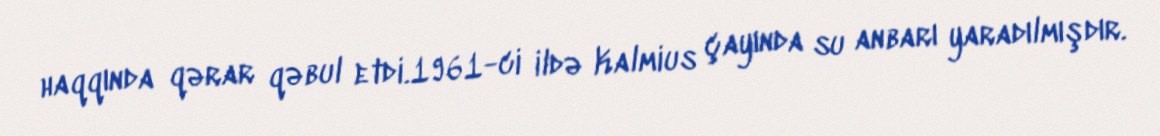
haqqında qərar qəbul etdi.1961-ci ildə Kalmius çayında su anbarı yaradılmışdır.